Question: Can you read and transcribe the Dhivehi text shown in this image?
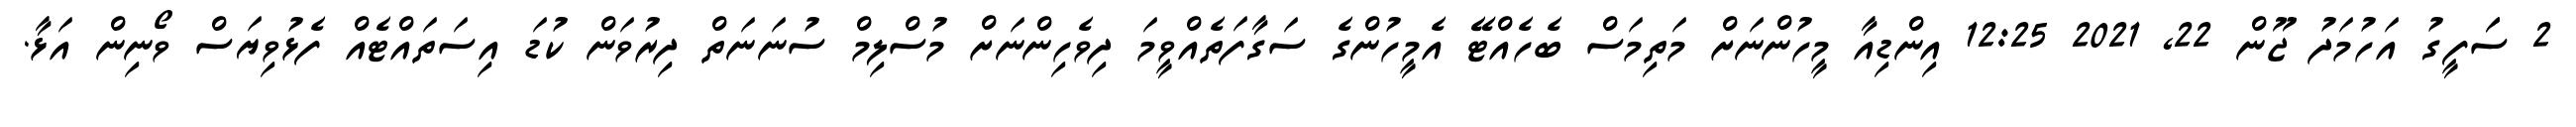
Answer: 2 ސަަފީގު އަހުމަދު ޖޫން 22, 2021 12:25 އިންޑިއާ މީހުންނަށް މަތިމަސް ބެހެއްޓޭ އެމީހުންގެ ސަގާފަތެއްވީމަ ދިވެހިންނަށް މުސްލިމް ސުނަނަތް ދިރުވަން ކުޑަ އިސަތައްޓެއް ފެޅުވިޔަސް ވޯނިން އަޅާ.